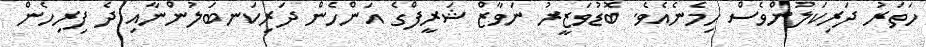
ހަތަރު ދަރިކަލުންވެސް ހިމެނެއެވެ. ބޮޑުވަޒީރު ނަވާޒް ޝަރީފްގެ އަންހެން ދަރިކަނބަލުންނާއި ދެ ފިރިހެން